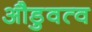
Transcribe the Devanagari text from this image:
औडुवत्व